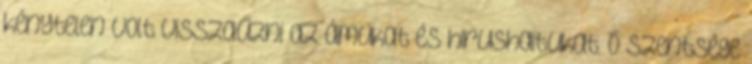
kénytelen volt visszaűzni az ámukat és hirushaitukat. Ő szentsége